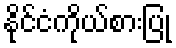
နိုင်ငံကိုယ်စားပြု